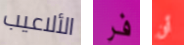
الألاعيب فر أن